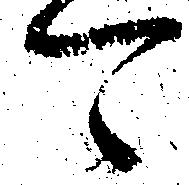
可